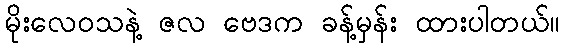
မိုးလေဝသနဲ့ ဇလ ဗေဒက ခန့်မှန်း ထားပါတယ်။